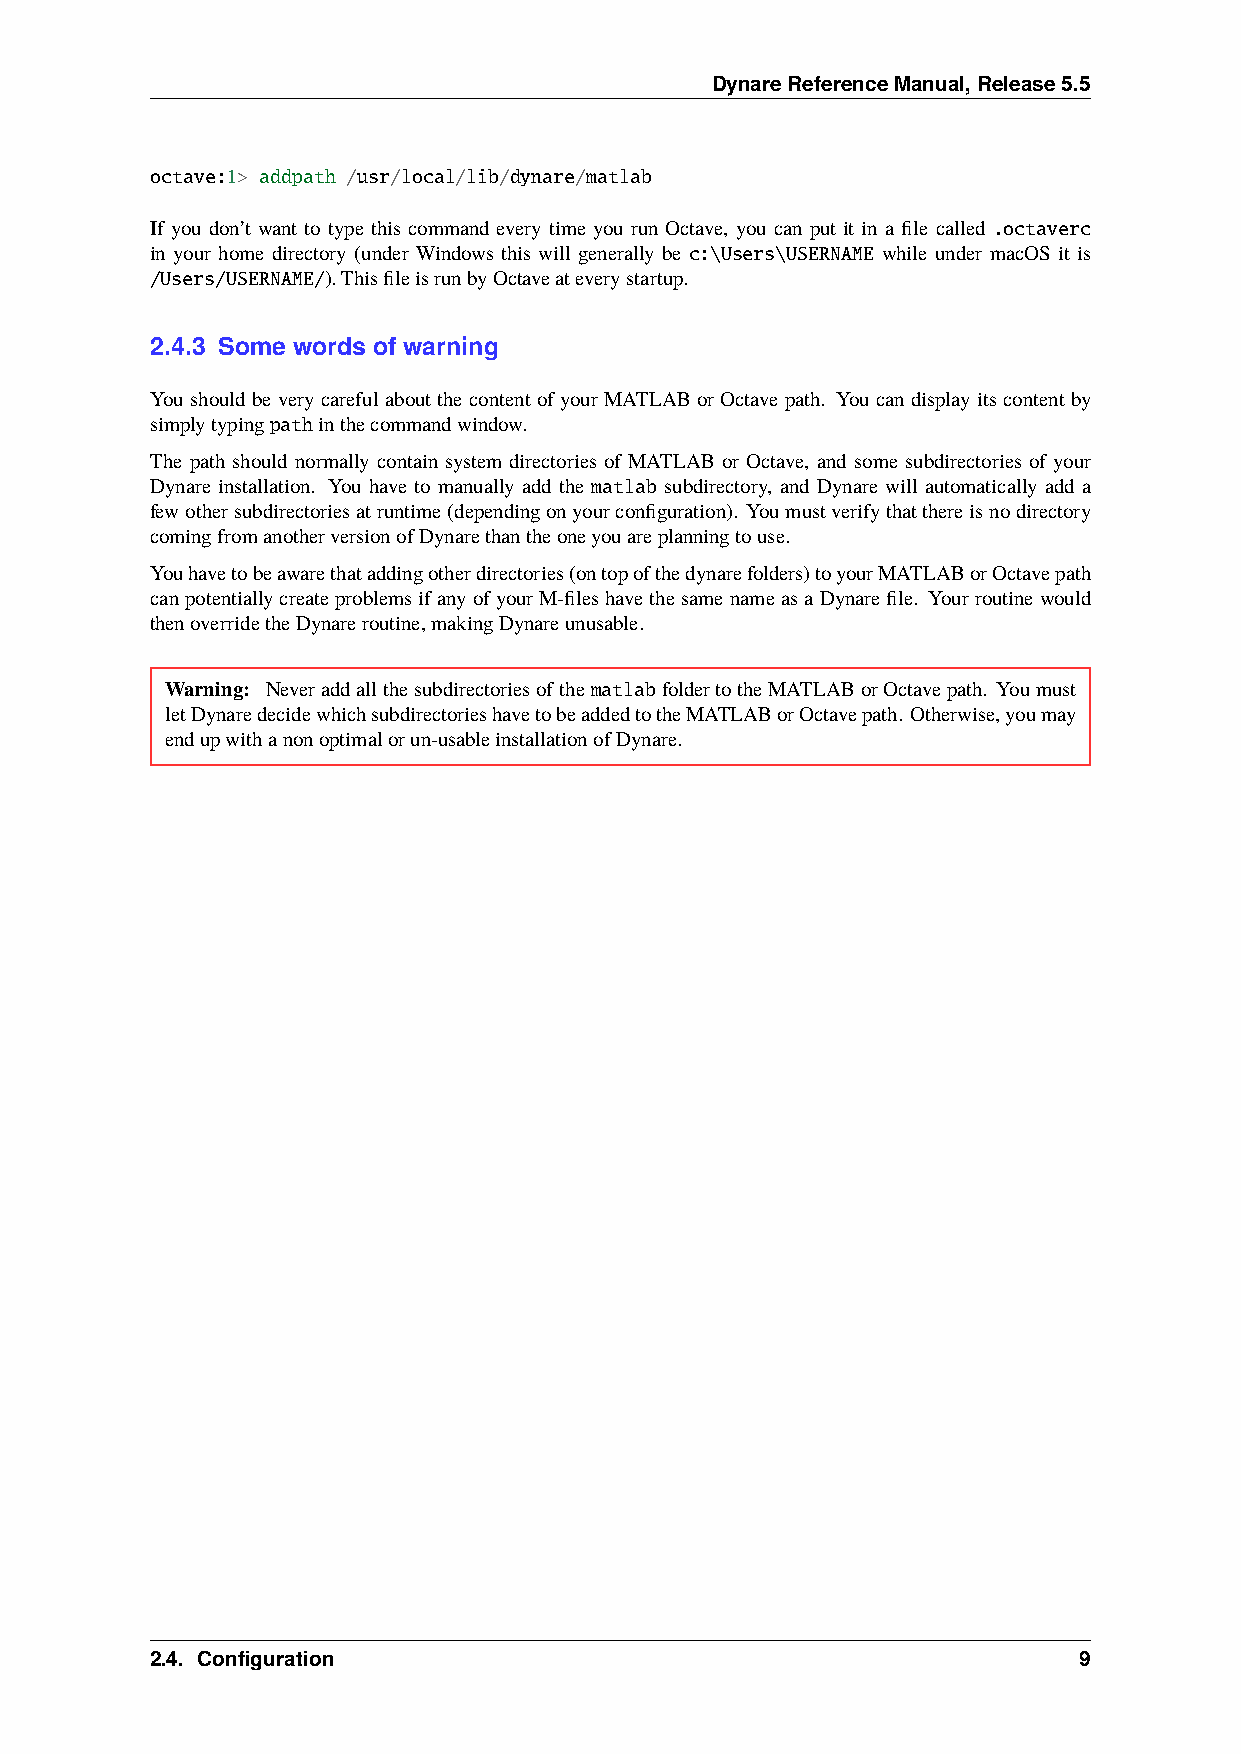
DynareReferenceManual,Release5.5
 octave:1> addpath /usr/local/lib/dynare/matlab
 If you don’t want to type this command every time you run Octave, you can put it in a file called .octaverc
 in your home directory (under Windows this will generally be c:\Users\USERNAME while under macOS it is
 /Users/USERNAME/).ThisfileisrunbyOctaveateverystartup.
 2.4.3 Some words of warning
 You should be very careful about the content of your MATLAB or Octave path. You can display its content by
 simplytypingpathinthecommandwindow.
 The path should normally contain system directories of MATLAB or Octave, and some subdirectories of your
 Dynare installation. You have to manually add the matlab subdirectory, and Dynare will automatically add a
 fewothersubdirectoriesatruntime(dependingonyourconfiguration). Youmustverifythatthereisnodirectory
 comingfromanotherversionofDynarethantheoneyouareplanningtouse.
 Youhavetobeawarethataddingotherdirectories(ontopofthedynarefolders)toyourMATLABorOctavepath
 canpotentiallycreateproblemsifanyofyourM-fileshavethesamenameasaDynarefile. Yourroutinewould
 thenoverridetheDynareroutine,makingDynareunusable.
 Warning: NeveraddallthesubdirectoriesofthematlabfoldertotheMATLABorOctavepath. Youmust
 letDynaredecidewhichsubdirectorieshavetobeaddedtotheMATLABorOctavepath. Otherwise,youmay
 endupwithanonoptimalorun-usableinstallationofDynare.
 2.4. Configuration                                           9